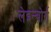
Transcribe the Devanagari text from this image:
लेइन्बोर्ग